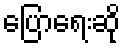
ပြောရေးဆို